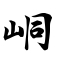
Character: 峒